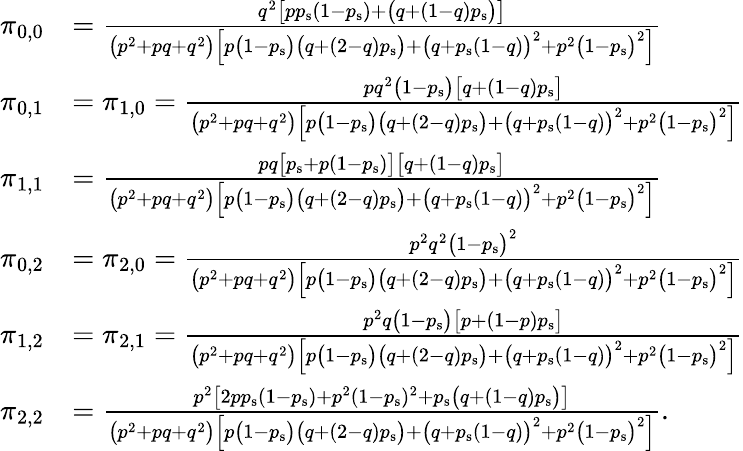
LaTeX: \begin{array}{rl}{\pi_{0,0}}&{=\frac{q^{2}\big[pp_{\mathrm{s}}(1-p_{\mathrm{s}})+\big(q+(1-q)p_{\mathrm{s}}\big)\big]}{\big(p^{2}+pq+q^{2}\big)\Big[p\big(1-p_{\mathrm{s}}\big)\big(q+(2-q)p_{\mathrm{s}}\big)+\big(q+p_{\mathrm{s}}(1-q)\big)^{2}+p^{2}\big(1-p_{\mathrm{s}}\big)^{2}\Big]}}\\ {\pi_{0,1}}&{=\pi_{1,0}=\frac{pq^{2}\big(1-p_{\mathrm{s}}\big)\big[q+(1-q)p_{\mathrm{s}}\big]}{\big(p^{2}+pq+q^{2}\big)\Big[p\big(1-p_{\mathrm{s}}\big)\big(q+(2-q)p_{\mathrm{s}}\big)+\big(q+p_{\mathrm{s}}(1-q)\big)^{2}+p^{2}\big(1-p_{\mathrm{s}}\big)^{2}\Big]}}\\ {\pi_{1,1}}&{=\frac{pq\big[p_{\mathrm{s}}+p(1-p_{\mathrm{s}})\big]\big[q+(1-q)p_{\mathrm{s}}\big]}{\big(p^{2}+pq+q^{2}\big)\Big[p\big(1-p_{\mathrm{s}}\big)\big(q+(2-q)p_{\mathrm{s}}\big)+\big(q+p_{\mathrm{s}}(1-q)\big)^{2}+p^{2}\big(1-p_{\mathrm{s}}\big)^{2}\Big]}}\\ {\pi_{0,2}}&{=\pi_{2,0}=\frac{p^{2}q^{2}\big(1-p_{\mathrm{s}}\big)^{2}}{\big(p^{2}+pq+q^{2}\big)\Big[p\big(1-p_{\mathrm{s}}\big)\big(q+(2-q)p_{\mathrm{s}}\big)+\big(q+p_{\mathrm{s}}(1-q)\big)^{2}+p^{2}\big(1-p_{\mathrm{s}}\big)^{2}\Big]}}\\ {\pi_{1,2}}&{=\pi_{2,1}=\frac{p^{2}q\big(1-p_{\mathrm{s}}\big)\big[p+(1-p)p_{\mathrm{s}}\big]}{\big(p^{2}+pq+q^{2}\big)\Big[p\big(1-p_{\mathrm{s}}\big)\big(q+(2-q)p_{\mathrm{s}}\big)+\big(q+p_{\mathrm{s}}(1-q)\big)^{2}+p^{2}\big(1-p_{\mathrm{s}}\big)^{2}\Big]}}\\ {\pi_{2,2}}&{=\frac{p^{2}\big[2pp_{\mathrm{s}}(1-p_{\mathrm{s}})+p^{2}(1-p_{\mathrm{s}})^{2}+p_{\mathrm{s}}\big(q+(1-q)p_{\mathrm{s}}\big)\big]}{\big(p^{2}+pq+q^{2}\big)\Big[p\big(1-p_{\mathrm{s}}\big)\big(q+(2-q)p_{\mathrm{s}}\big)+\big(q+p_{\mathrm{s}}(1-q)\big)^{2}+p^{2}\big(1-p_{\mathrm{s}}\big)^{2}\Big]}.}\end{array}